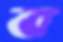
ব